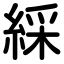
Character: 綵